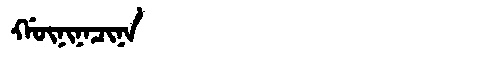
Manchu: ᡤᡡᠨᡳᠨᠠᠴᡳᠨᠠ
Romanization: GŪNINACINA